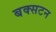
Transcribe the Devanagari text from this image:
बक्सटन